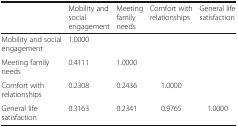
|  | Mobility and social engagement | Meeting family needs | Comfort with relationships | General life satisfaction |
 | --- | --- | --- | --- | --- |
 | Mobility and social engagement | 1.0000 |  |  |  |
 | Meeting family needs | 0.4111 | 1.0000 |  |  |
 | Comfort with relationships | 0.2308 | 0.2436 | 1.0000 |  |
 | General life satisfaction | 0.3163 | 0.2341 | 0.9765 | 1.0000 |